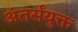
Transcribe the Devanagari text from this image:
अंतर्संयुक्त